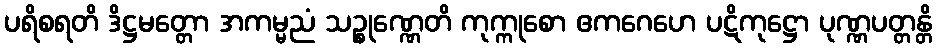
ပရိစရတိ ဒိဋ္ဌမတ္တော အကမ္မညံ သဉ္စုဏ္ဏေတိ ကုက္ကုစော ဧကဂေဟေ ပဋိကုဋ္ဌော ပုဏ္ဏပတ္တန္တိ